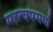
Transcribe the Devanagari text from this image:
महत्‍वपमर्ण